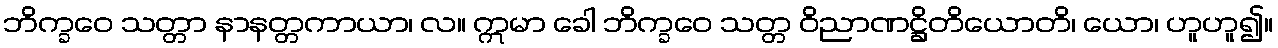
ဘိက္ခဝေ သတ္တာ နာနတ္တကာယာ၊ လ။ ဣမာ ခေါ ဘိက္ခဝေ သတ္တ ဝိညာဏဋ္ဌိတိယောတိ၊ ယော၊ ဟူဟူ၍။